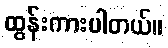
ထွန်းကားပါတယ်။